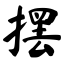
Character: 摆